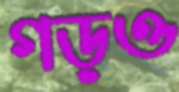
গড়ও